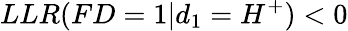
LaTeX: LLR(FD=1|d_{1}=H^{+})<0